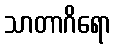
သာတာဂိရော